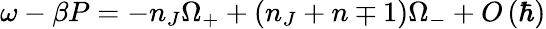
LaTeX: \omega-\beta P=-n_{J}\Omega_{+}+\left(n_{J}+n\mp 1\right)\Omega_{-}+O\left(\hbar\right)